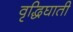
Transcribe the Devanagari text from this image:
वृद्धिघाती